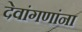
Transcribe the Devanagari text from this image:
देवांगणांना